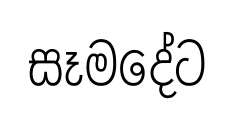
සෑමදේට